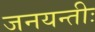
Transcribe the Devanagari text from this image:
जनयन्तीः